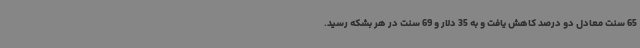
65 سنت معادل دو درصد کاهش یافت و به 35 دلار و 69 سنت در هر بشکه رسید.